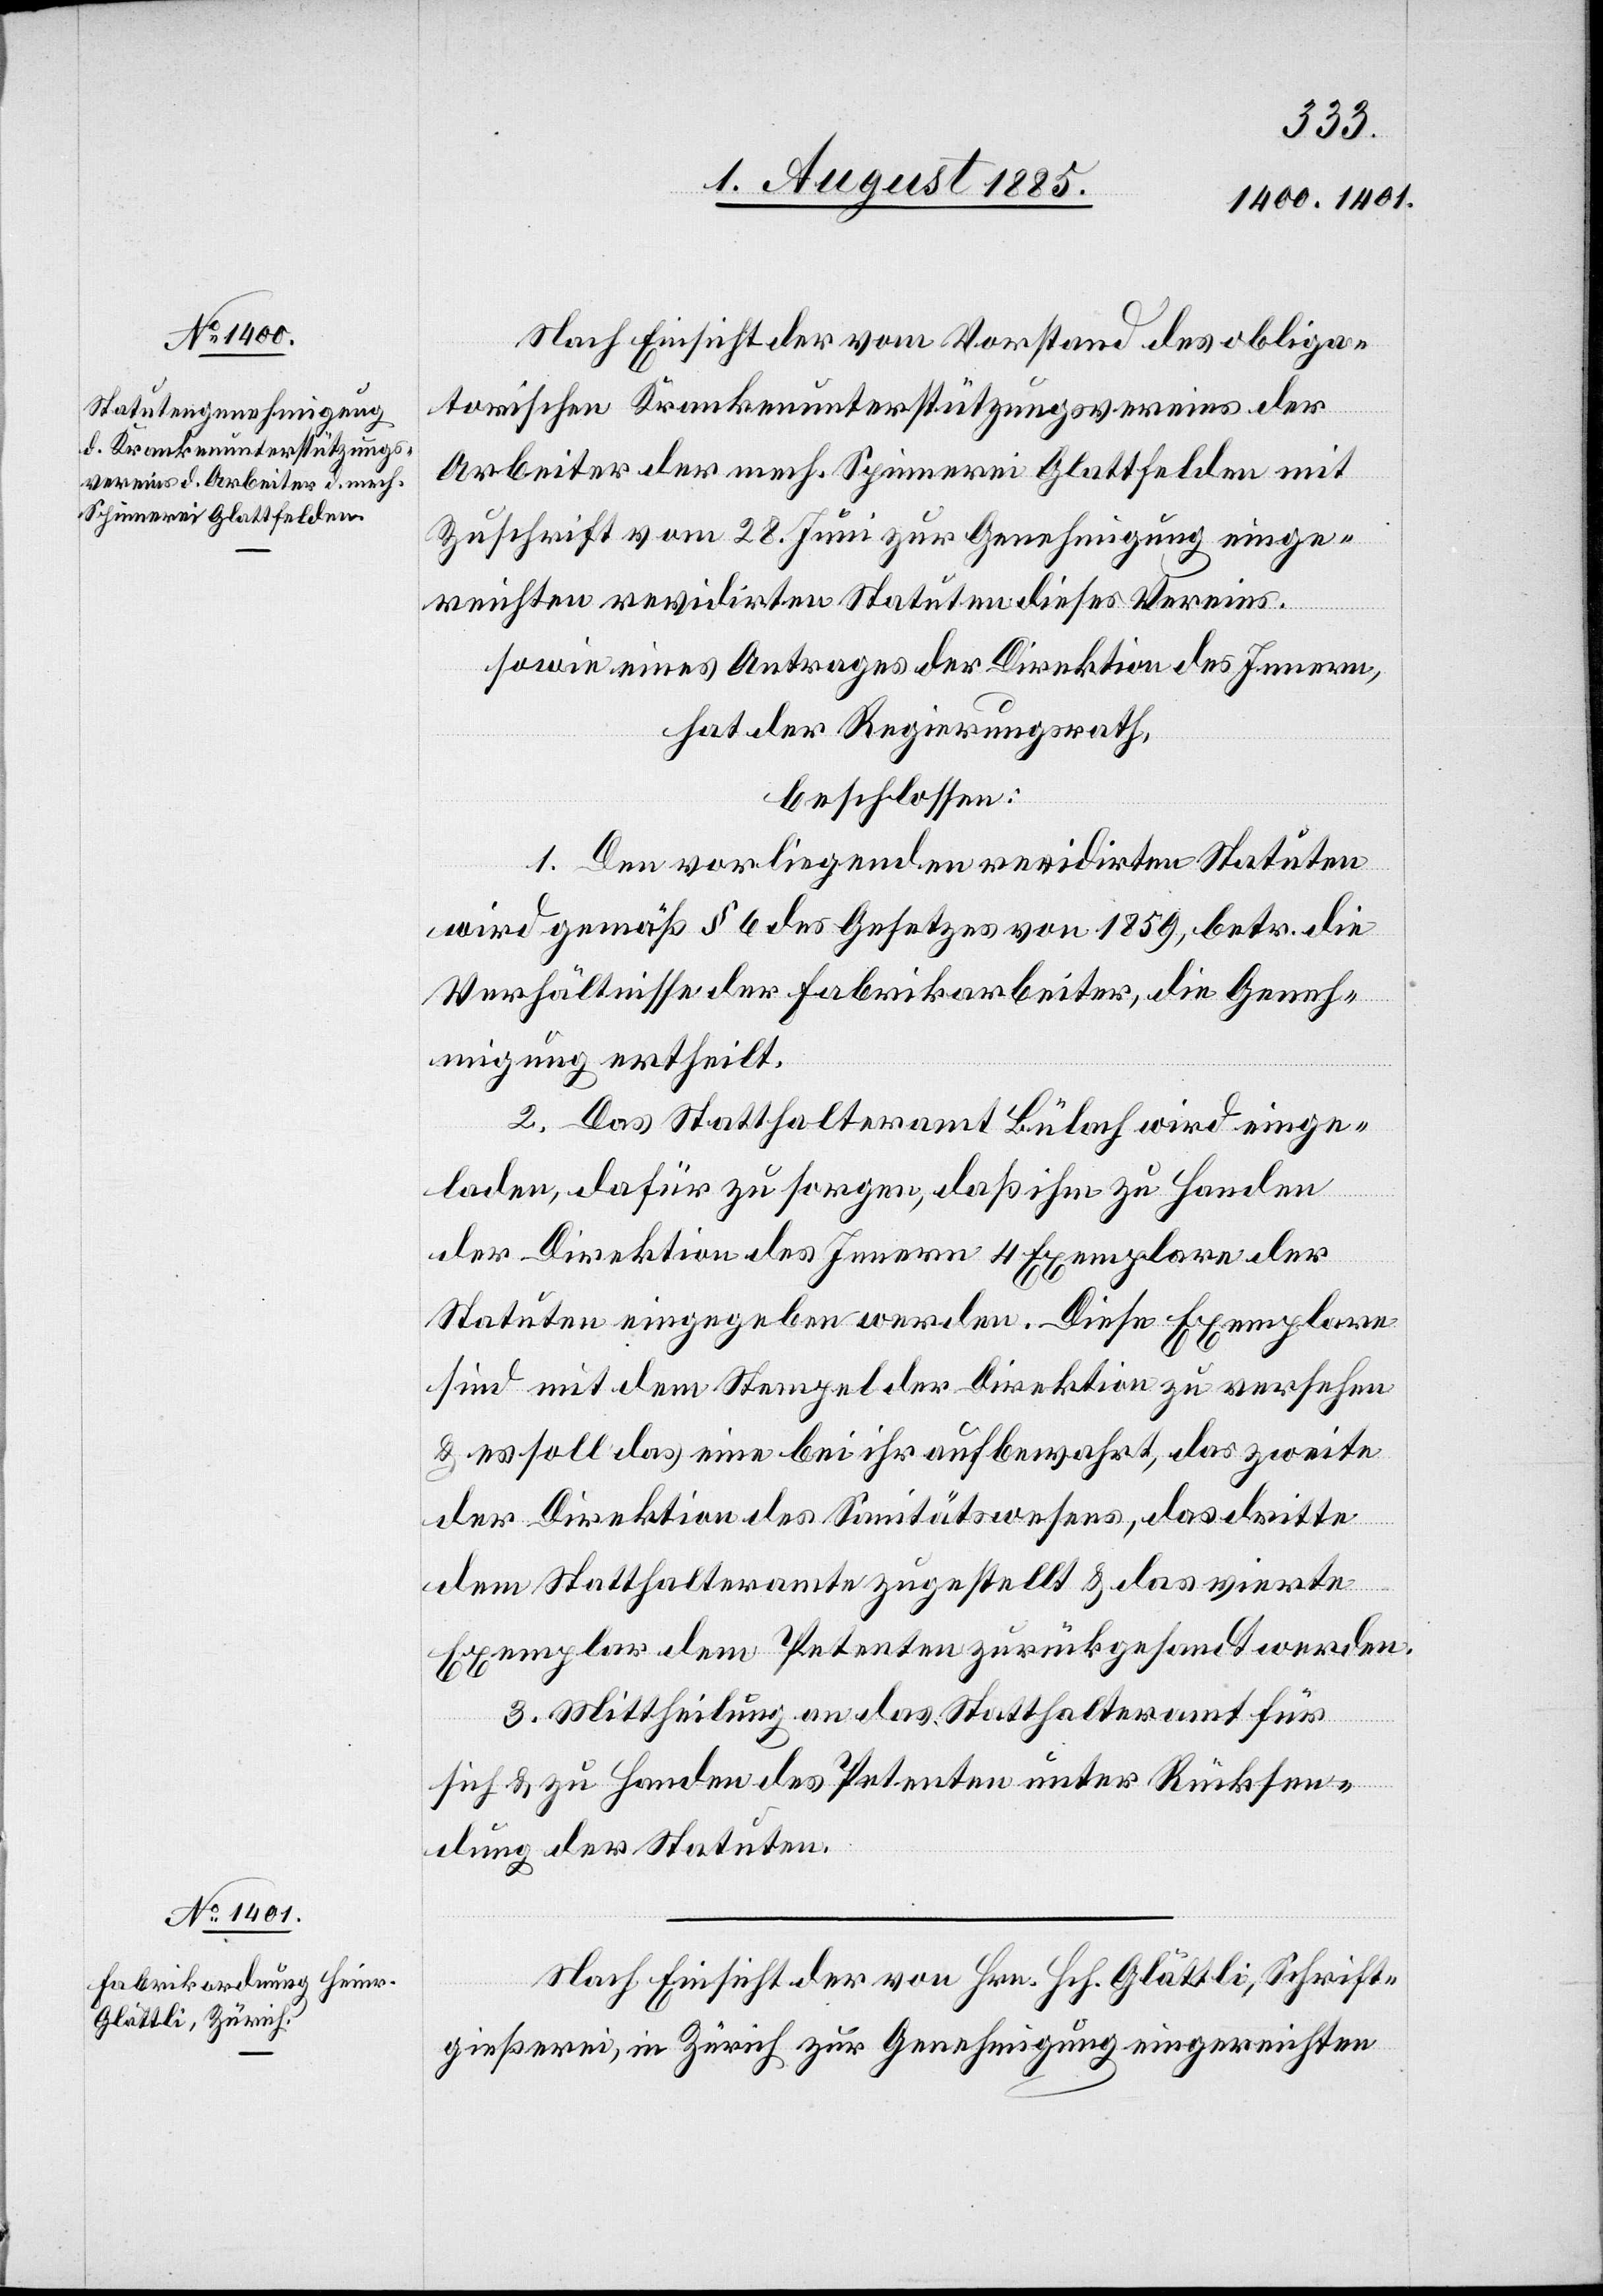
Nach Einsicht der vom Vorstand des obliga¬
torischen Krankenunterstützungsvereins der
Arbeiter der mech. Spinnerei Glattfelden mit
Zuschrift vom 28. Juni zur Genehmigung einge¬
reichten revidirten Statuen dieses Vereins.
sowie eines Antrages der Direktion des Innern,
hat der Regierungsrath,
beschlossen:
1. Den vorliegenden revidirten Statuten
wird gemäß § 6 des Gesetzes von 1859, betr. die
Verhältnisse der Fabrikarbeiter, die Geneh¬
migung ertheilt.
2. Das Statthalteramt Bülach wird einge¬
laden, dafür zu sorgen, daß ihm zu Handen
der Direktion des Innern 4 Exemplare der
Statuten eingegeben werde. Diese Exemplare
sind mit dem Stempel der Direktion zu versehen
& es soll das eine bei ihr aufbewahrt, das zweite
der Direktion des Sanitätswesens, das dritte
dem Statthalteramte zugestellt & das vierte
Exemplar dem Petenten zurückgesandt werden.
3. Mittheilung an das Statthalteramt für
sich & zu Handen des Petenten unter Rücksen¬
dung der Statuten.
Nach Einsicht der von Hrn. Hch. Glättli, Schrift¬
gießerei, in Zürich zur Genehmigung eingereichten